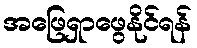
အဖြေရှာဖွေနိုင်ရန်